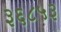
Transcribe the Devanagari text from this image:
३६८५३